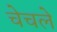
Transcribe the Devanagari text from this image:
चेचले